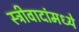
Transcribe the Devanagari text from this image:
स्त्रीवादांमध्ये